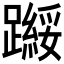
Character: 𬧗